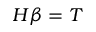
H \beta = T